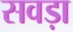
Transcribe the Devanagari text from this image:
सवड़ा